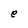
Character: e